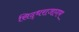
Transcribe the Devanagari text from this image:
सिद्धराजागम